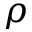
\rho